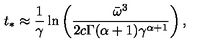
t _ { * } \approx \frac { 1 } { \gamma } \ln \left( \frac { \bar { \omega } ^ { 3 } } { 2 c \Gamma ( \alpha + 1 ) \gamma ^ { \alpha + 1 } } \right) ,